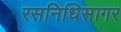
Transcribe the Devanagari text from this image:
रसनिधिसागर